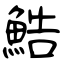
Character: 鯌